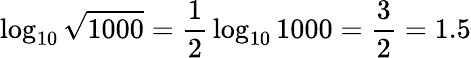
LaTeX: \log_{10}{\sqrt{1000}}={\frac{1}{2}}\log_{10}1000={\frac{3}{2}}=1.5